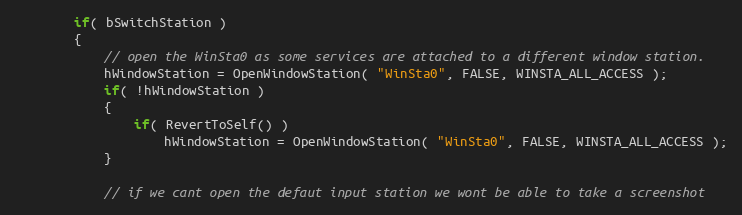
Language: C++
		if( bSwitchStation )
		{
			// open the WinSta0 as some services are attached to a different window station.
			hWindowStation = OpenWindowStation( "WinSta0", FALSE, WINSTA_ALL_ACCESS );
			if( !hWindowStation )
			{
				if( RevertToSelf() )
					hWindowStation = OpenWindowStation( "WinSta0", FALSE, WINSTA_ALL_ACCESS );
			}

			// if we cant open the defaut input station we wont be able to take a screenshot